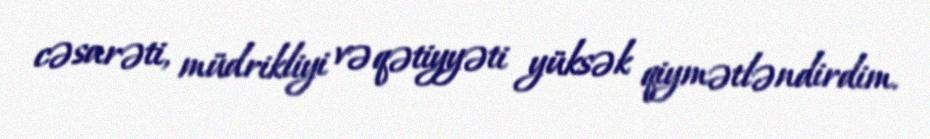
cəsarəti, müdrikliyi və qətiyyəti yüksək qiymətləndirdim.